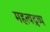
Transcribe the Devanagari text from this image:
महत्वद्रव्य